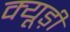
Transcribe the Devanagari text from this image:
क्यूड़ी